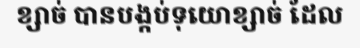
ខ្សាច់ បានបង្កប់ទុយោខ្សាច់ ដែល